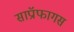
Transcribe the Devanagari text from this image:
साप्रॉफागस